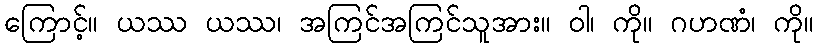
ကြောင့်။ ယဿ ယဿ၊ အကြင်အကြင်သူအား။ ဝါ၊ ကို။ ဂဟဏံ၊ ကို။